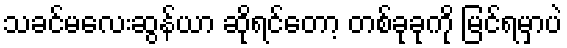
သခင်မလေးဆွန်ယာ ဆိုရင်တော့ တစ်ခုခုကို မြင်ရမှာပဲ